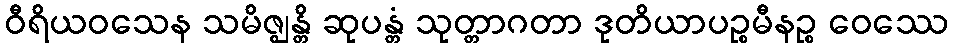
ဝီရိယဝသေန သမိဇ္ဈန္တိ ဆုပန္တံ သုတ္တာဂတာ ဒုတိယာပဉ္စမီနဉ္စ ဝေဿေ